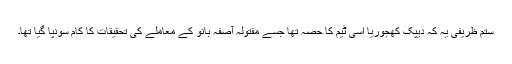
ستم ظریفی یہ کہ دیپک کھجوریا اُسی ٹیم کا حصہ تھا جسے مقتولہ آصفہ بانو کے معاملے کی تحقیقات کا کام سونپا گیا تھا۔